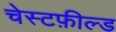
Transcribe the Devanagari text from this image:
चेस्टफ़ील्ड